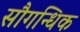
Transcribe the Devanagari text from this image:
सौगन्धिक